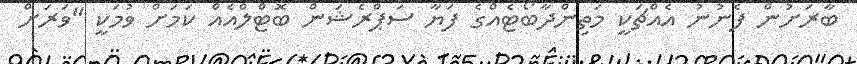
ބާރަށުން ފެނުނު އެއްޗަކީ މަތިންދާބޯޓެއްގެ ފަޔާ ސަޕްރެޝަން ބޮޓްލްއެއް ކަމަށް ވުމަކީ "ވަރަށް